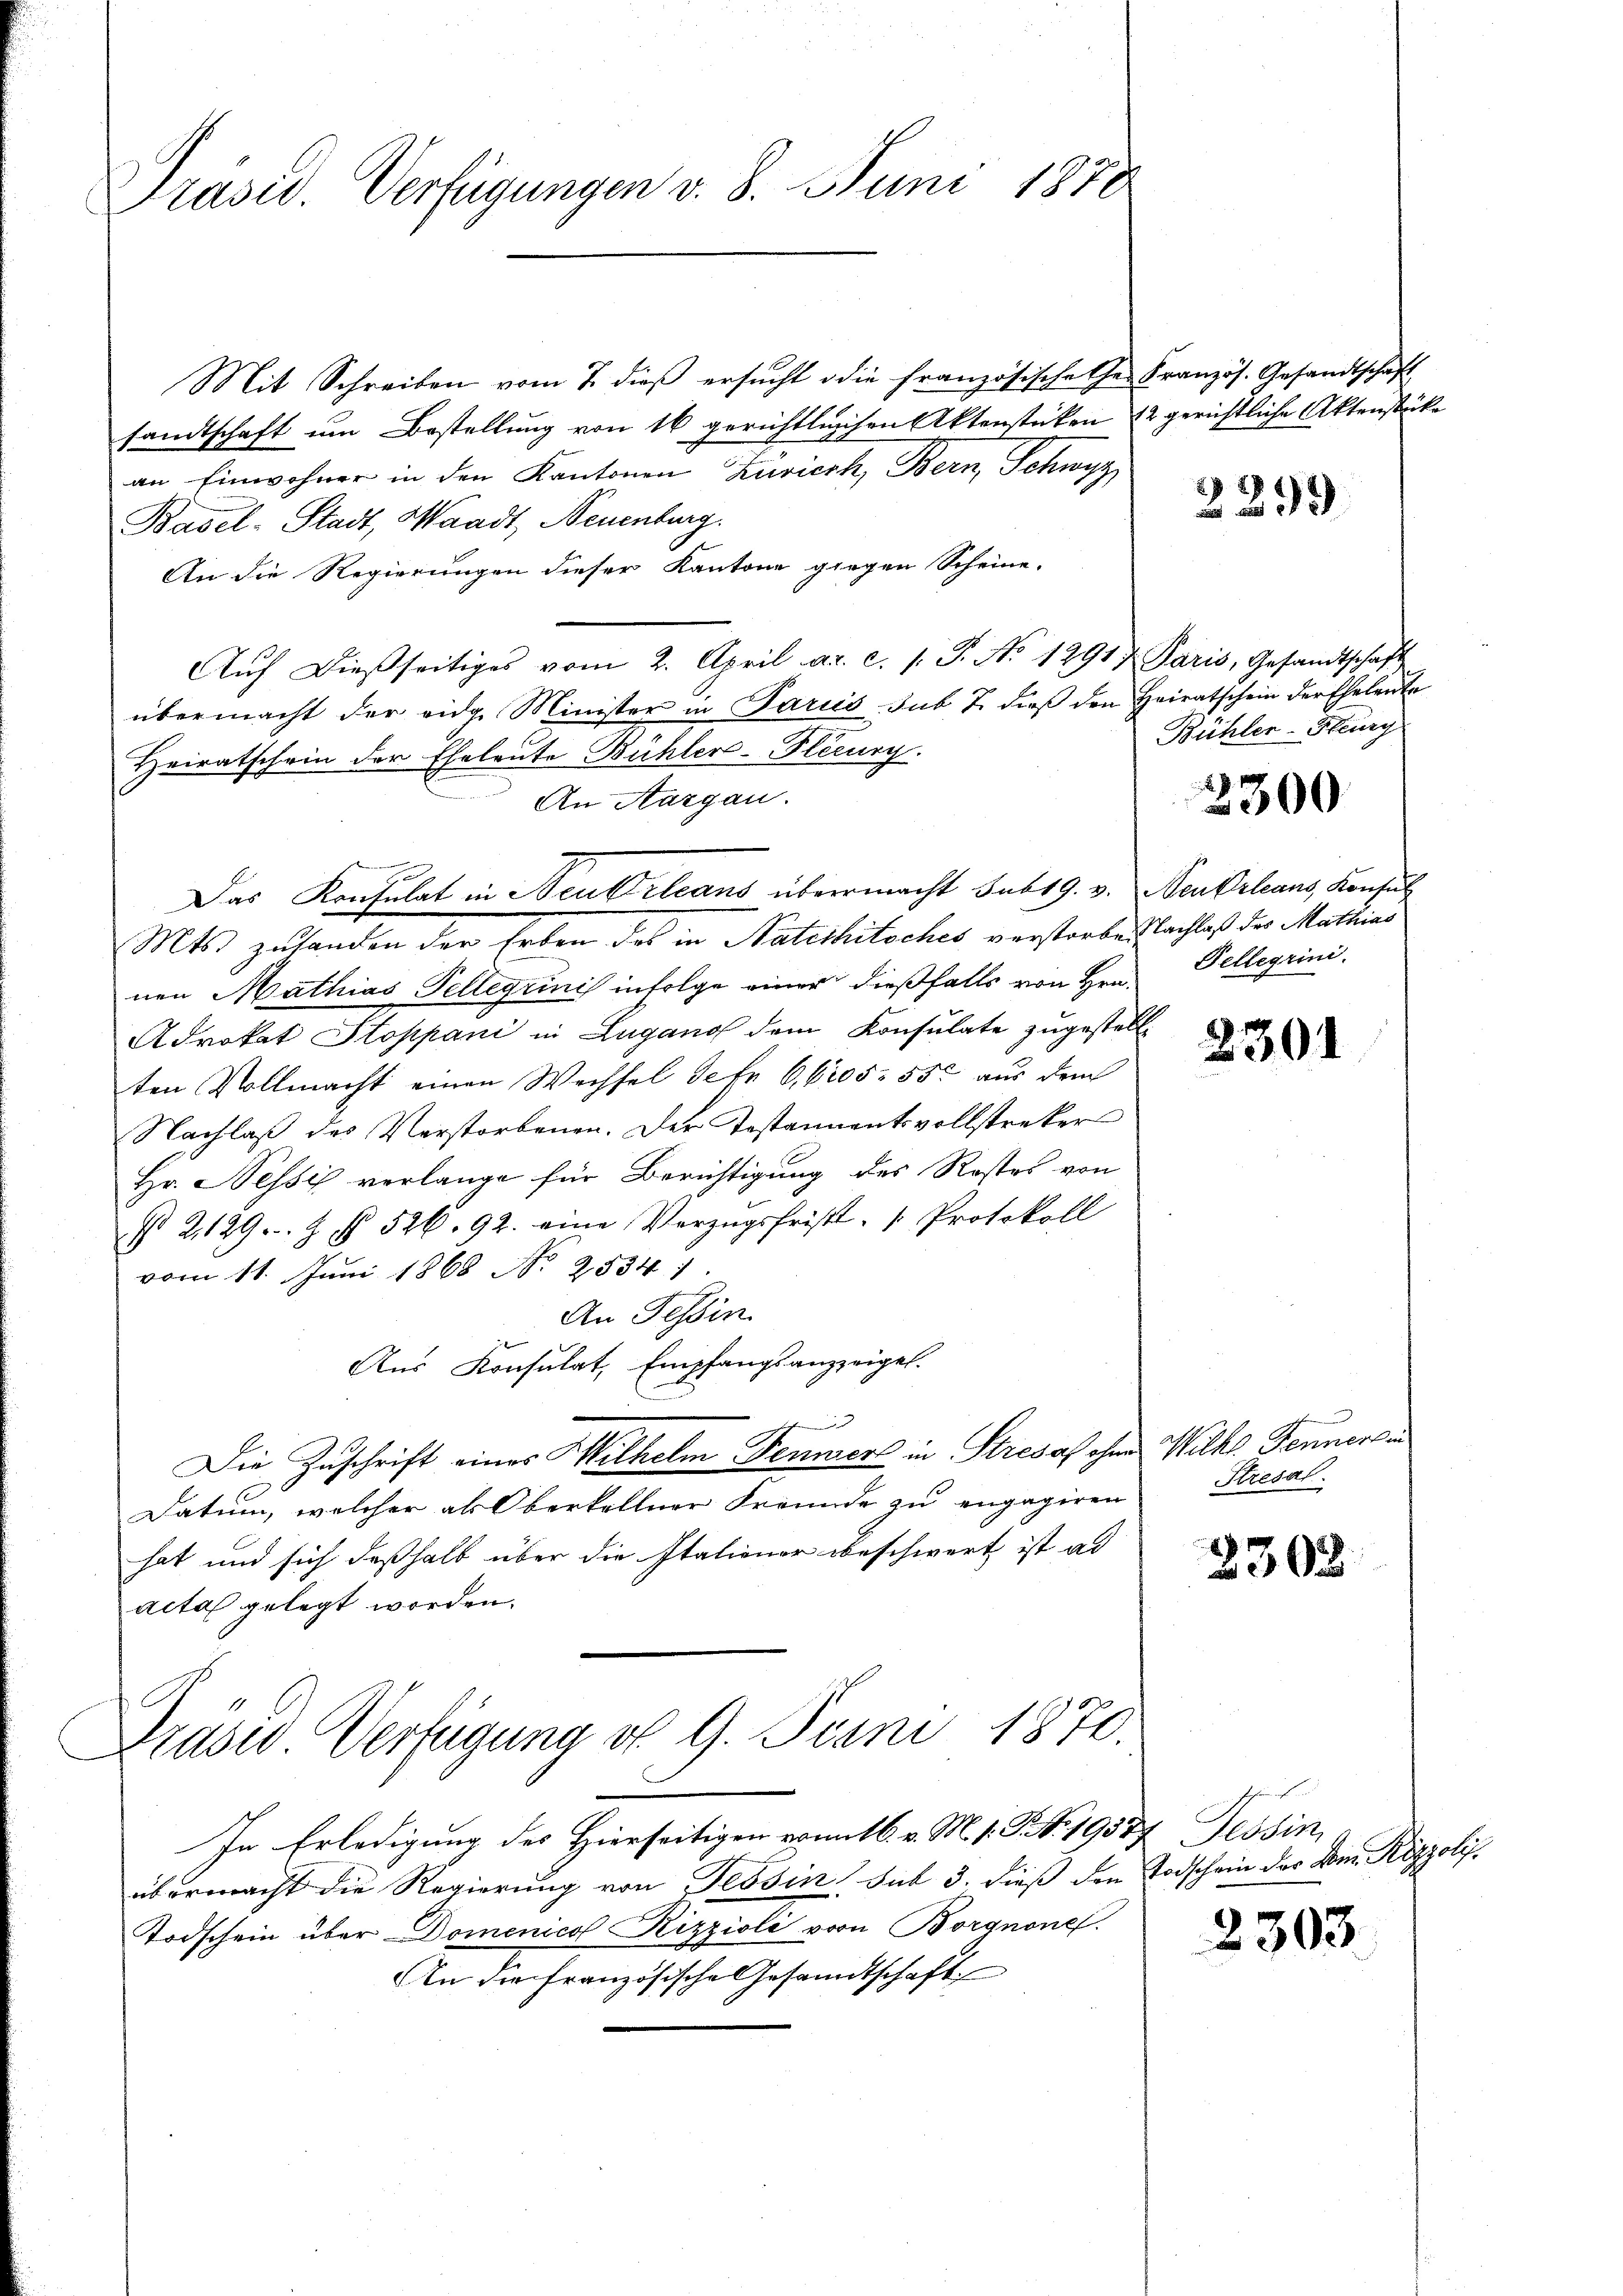
Präsid. Verfügungen v. 8. Juni 1870

Mit Schreiben vom 7. dieβ ersŭcht die französischehen Französ. Gesandtschaft
sandtschaft um Bestellung von 16 gerichtlichen Aktenstüken 12 gerichtliche Aktenstücke
an Einwohner in den Kantonen Zürich, Bern Schwyz
Basel-Stadt, Waadt, Neuenburg.
An die Regierungen dieser Kantone gegen Scheine.
Aŭf dießseitiges vom 2. April a. c. s. S. No 12917 Paris, Gesandtschaft
übermacht der eidg. Minister in Pariis sub 7. dieß den Heiratschein der Eheleute
Heiratschein der Eheleute Bühler-Plécurg.
An Aargau.
Mts. zu handen der Erben des in Naturhitsches verstorben Nachtes der Mathias
nen Mathias Tellegiinis infolge einer dießfalls von Hrn.
Advokat Stoppani in Lugano dem Konsulate zugestell
ten Vollmacht einen Wechsel defr 6 605. 550 aus dem
Nachlaß des Verstorbenen. Der Testannentsvollstreker
Hr. Nessi verlange für Berichtigung des Restes von
t 2129. Z. § 526. 92. eine Verzugsfrist- " Protokoll
vom 11. Juni 1868 No 2534.
An Tessin
Aus Konsulat, Empfangsanzzeigel.
Die Zuschrift eines Wilhelm Fenners in Stresaf ohne Wolke Fenner in
Datum, welcher als Oberkellner Freunde zu engagiren
hat und sich deßhalb über die Italiener beschwert ist ad
acta gelegt worden.
Praser Verfügung d. 9. Juni 1870.

Das Konsulat in Neukrleans übermacht sub 19. v. Neu Orleans, Konsul

In Erledigung des Hierseitigen vom 16. v. M. 1. Bd. 19577 Tessin,
übermacht die Regierung von Tessin sub 3. dieß den Todschein des Dom. Käzzoli¬
Todschein über Domenico Rizzioli von Borgnone.
An die französische Gesandtschaft

2299

Bühler-Fleg

3300

Fellegrini.

2301

Stresal

3308

2303.